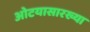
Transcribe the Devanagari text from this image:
ओटयासारख्या